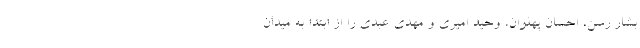
بشار رسن، احسان پهلوان، وحید امیری و مهدی عبدی را از ابتدا به میدان